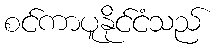
စင်ကာပူနိုင်ငံသည်